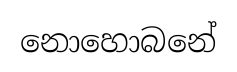
නොහොබනේ